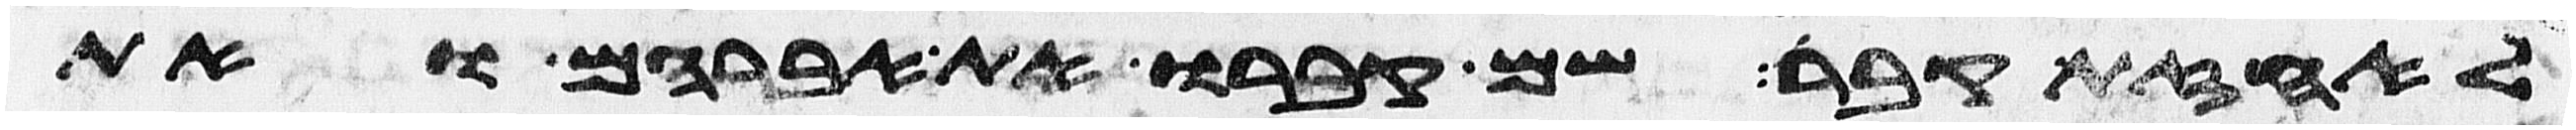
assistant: לאחזת קבר שם קברו את אברהם ואת